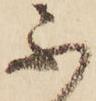
不